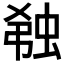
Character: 𬠆